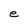
Character: e